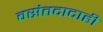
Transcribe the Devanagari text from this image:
वसंतदादाही